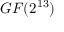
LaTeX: G F ( 2 ^ { 1 3 } )